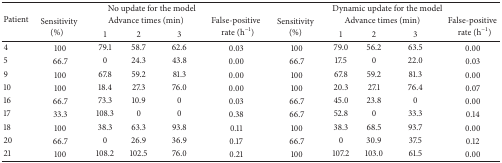
<table><thead><tr><td rowspan="3"><b>Patient</b></td><td colspan="5"><b>No update for the model</b></td><td colspan="5"><b>Dynamic update for the model</b></td></tr><tr><td rowspan="2"><b>Sensitivity (%)</b></td><td colspan="3"><b>Advance times (min)</b></td><td rowspan="2"><b>False-positiverate (h<sup>−1</sup>)</b></td><td rowspan="2"><b>Sensitivity (%)</b></td><td colspan="3"><b>Advance times (min)</b></td><td rowspan="2"><b>False-positive rate (h<sup>−1</sup>)</b></td></tr><tr><td><b>1</b></td><td><b>2</b></td><td><b>3</b></td><td><b>1</b></td><td><b>2</b></td><td><b>3</b></td></tr></thead><tbody><tr><td>4</td><td>100</td><td>79.1</td><td>58.7</td><td>62.6</td><td>0.03</td><td>100</td><td>79.0</td><td>56.2</td><td>63.5</td><td>0.00</td></tr><tr><td>5</td><td>66.7</td><td>0</td><td>24.3</td><td>43.8</td><td>0.00</td><td>66.7</td><td>17.5</td><td>0</td><td>22.0</td><td>0.03</td></tr><tr><td>9</td><td>100</td><td>67.8</td><td>59.2</td><td>81.3</td><td>0.00</td><td>100</td><td>67.8</td><td>59.2</td><td>81.3</td><td>0.00</td></tr><tr><td>10</td><td>100</td><td>18.4</td><td>27.3</td><td>76.0</td><td>0.00</td><td>100</td><td>20.3</td><td>27.1</td><td>76.4</td><td>0.07</td></tr><tr><td>16</td><td>66.7</td><td>73.3</td><td>10.9</td><td>0</td><td>0.03</td><td>66.7</td><td>45.0</td><td>23.8</td><td>0</td><td>0.00</td></tr><tr><td>17</td><td>33.3</td><td>108.3</td><td>0</td><td>0</td><td>0.38</td><td>66.7</td><td>52.8</td><td>0</td><td>33.3</td><td>0.14</td></tr><tr><td>18</td><td>100</td><td>38.3</td><td>63.3</td><td>93.8</td><td>0.11</td><td>100</td><td>38.3</td><td>68.5</td><td>93.7</td><td>0.00</td></tr><tr><td>20</td><td>66.7</td><td>0</td><td>26.9</td><td>36.9</td><td>0.17</td><td>66.7</td><td>0</td><td>30.9</td><td>37.5</td><td>0.12</td></tr><tr><td>21</td><td>100</td><td>108.2</td><td>102.5</td><td>76.0</td><td>0.21</td><td>100</td><td>107.2</td><td>103.0</td><td>61.5</td><td>0.00</td></tr></tbody></table>